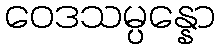
ဝေဒသမ္ပန္နော